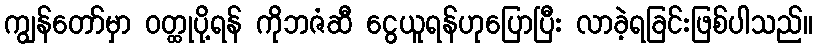
ကျွန်တော်မှာ ဝတ္ထုပို့ရန် ကိုဘဇံဆီ ငွေယူရန်ဟုပြောပြီး လာခဲ့ရခြင်းဖြစ်ပါသည်။